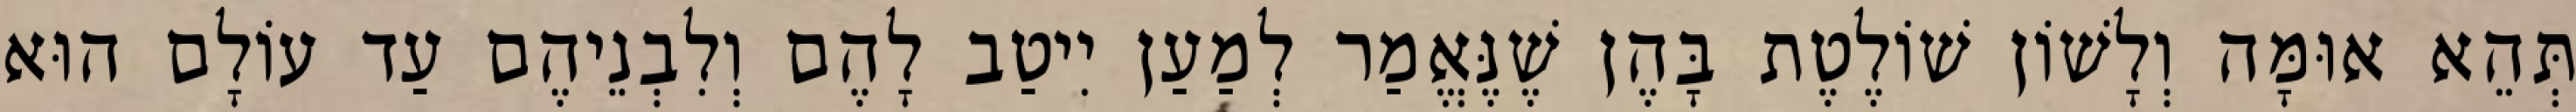
תְּהֵא אוּמָּה וְלָשׁוֹן שׁוֹלֶטֶת בָּהֶן שֶׁנֶּאֱמַר לְמַעַן יִיטַב לָהֶם וְלִבְנֵיהֶם עַד עוֹלָם הוּא